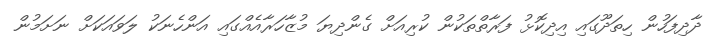
ދާދިފަހުން ހިތަދޫގައި އިދިކޮޅު ފަރާތްތަކުން ކުރިއަށް ގެންދިޔަ މުޒާހަރާއެއްގައި އަންހެނަކު ލަވައަކަށް ނަށަމުން